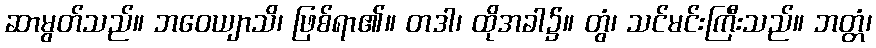
ဆာမွတ်သည်။ ဘဝေယျာသိ၊ ဖြစ်ရာ၏။ တဒါ၊ ထိုအခါ၌။ တွံ၊ သင်မင်းကြီးသည်။ ဘတ္တံ၊